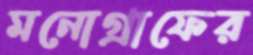
মনোগ্রাফের